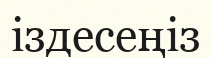
іздесеңіз